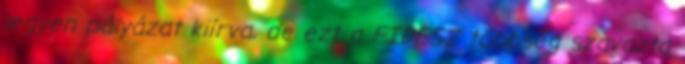
legyen pályázat kiírva, de ezt a FIDESZ többség szavazta